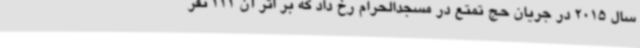
سال 2015 در جریان حج تمتع در مسجدالحرام رخ داد که بر اثر آن 111 نفر